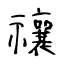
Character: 禳